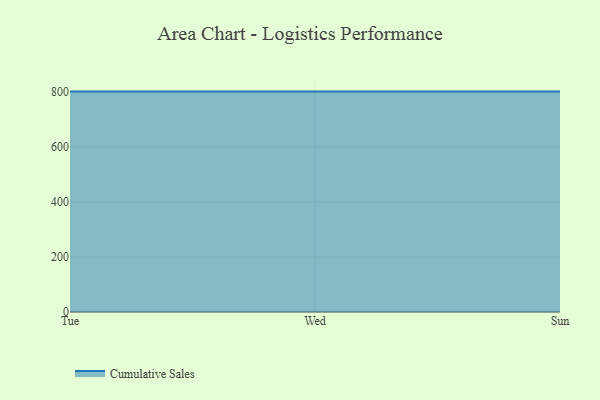
{"axis": {"x": "Day", "y": "Production Output"}, "legend": ["Cumulative Sales"], "data": [{"x": "Tue", "y": 800, "type": "Cumulative Sales"}, {"x": "Wed", "y": 800, "type": "Cumulative Sales"}, {"x": "Sun", "y": 800, "type": "Cumulative Sales"}]}